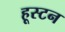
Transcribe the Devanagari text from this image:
हूस्टन